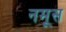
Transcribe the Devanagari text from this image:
नमूस